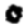
Digit: 0